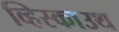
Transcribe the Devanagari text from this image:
व्हिस्काउथ